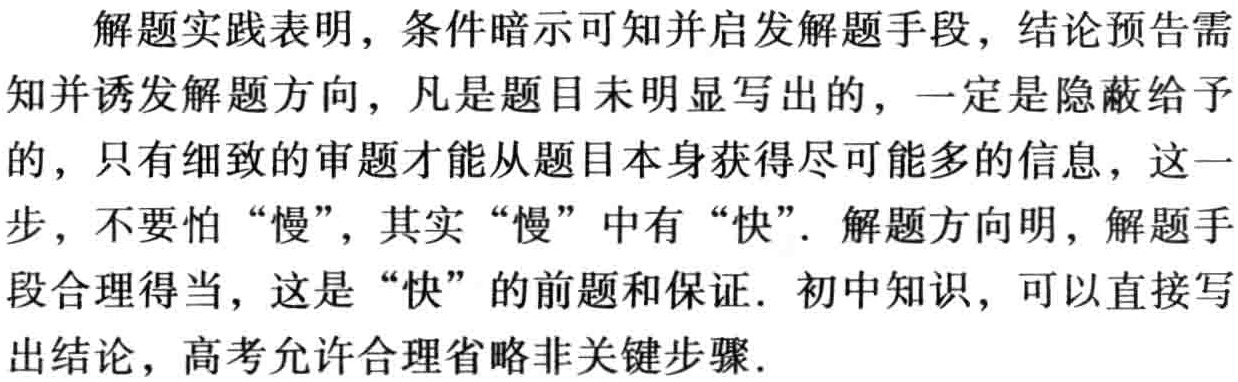
解题实践表明，条件暗示可知并启发解题手段，结论预告需

知并诱发解题方向，凡是题目未明显写出的，一定是隐蔽给予

的，只有细致的审题才能从题目本身获得尽可能多的信息，这一

步，不要怕“慢”，其实“慢”中有“快”．解题方向明，解题手

段合理得当，这是“快”的前题和保证．初中知识，可以直接写

出结论，高考允许合理省略非关键步骤．